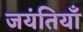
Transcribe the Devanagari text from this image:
जयंतियाँ